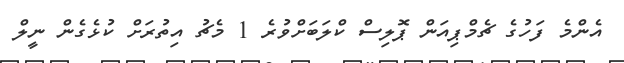
އެންމެ ފަހުގެ ޗެމްޕިއަން ޕޮލިސް ކްލަބަށްވުރެ 1 މެޗު އިތުރަށް ކުޅެގެން ނީލް